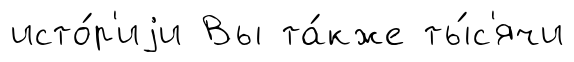
исто́р'иjи Вы та́кже ты́с'ячи